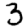
Digit: 3